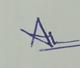
Signature authenticity: genuine